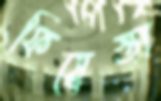
ফিয়েস্তা